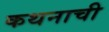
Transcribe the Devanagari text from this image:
कथनाची